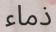
ذماء